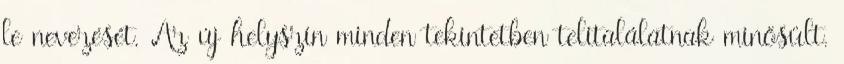
le nevezését. Az új helyszín minden tekintetben telitalálatnak minősült.